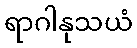
ရာဂါနုသယံ